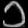
Digit: ၁